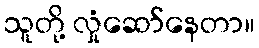
သူတို့ လှုံဆော်နေတာ။